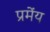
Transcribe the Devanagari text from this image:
प्रमेंय